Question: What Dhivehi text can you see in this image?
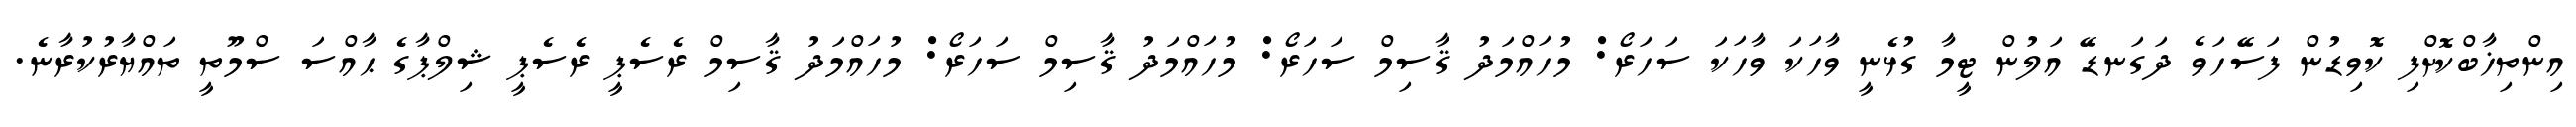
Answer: އިންތިޚާބްކޮށްފި ކޮވިޑުން ފަސޭހަވެ ދަގަނޑޭ އަލުން ޓީމާ ގުޅެނީ ވާހަކަ ވާހަކަ ސަހަރޯ: މުހައްމަދު ޤާސިމް ސަހަރޯ: މުހައްމަދު ޤާސިމް ސަހަރޯ: މުހައްމަދު ޤާސިމް ރެސެޕީ ރެސެޕީ ޝިލްޕާގެ ޙާއްސަ ސްމޫތީ ތައްޔާރުކުރާނެ.